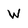
Character: W